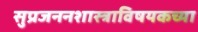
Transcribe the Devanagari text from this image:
सुप्रजननशास्त्राविषयकच्या